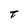
Character: t